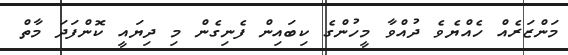
މަންޒަރެއް ހެއްޔެވެ ދުއްވާ މީހުންގެ ކިބައިން ފެނިގެން މި ދިޔައީ ކޮންފަދަ މާތް